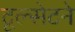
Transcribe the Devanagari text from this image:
टूल्सेटने